Civil Veterinary Department. United Provinces 1923-31 - 1923-1931
Year: 1923
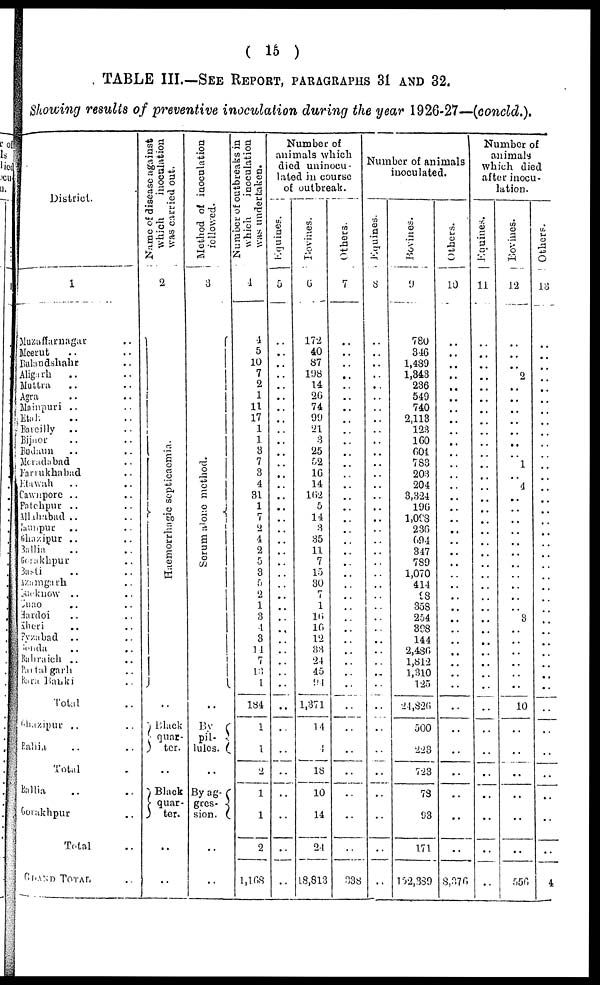
( 15 )
TABLE III.—SEE REPORT, PARAGRAPHS 31 AND 32.
Showing results of preventive inoculation during the year 1926-27—(concld.).
District.
1
Muzaffurnagar ..
Meerut .. ..
Bulandshahr ..
Alignrh .. ..
Muttra .. ..
Agra .. ..
Mainpuri .. ..
Etah .. ..
Bareilly .. ..
Bijnor .. ..
Budun .. ..
Moradabad ..
Farrukhabad ..
Etawah .. ..
Cawnpore .. ..
Fatehpur .. ..
Allahabad .. ..
Jaunpur .. ..
Ghazipur .. ..
Ballia .. ..
Gorakhpur ..
Basti .. ..
Azamgarh ..
Lucknow .. ..
Unao
.. ..
Hardoi .. ..
Kheri .. ..
Fyzabad .. ..
Gonda .. ..
Bahraich .. ..
Pantalgarh ..
Bara Banki ..
Total ..
Ghazipur .. ..
Ballia .. ..
Total ..
Ballia .. ..
Gorakhpur ..
Total ..
GRAND TOTAL ..
Name of disease against
which
inoculation
was carried out.
2
Haemorrhogic septicaemia.
..
Black
quar-
ter.
..
Black
quar-
ter.
..
..
Method of inoculation
followed.
3
Ser um al one met hod.
..
By
pil-
lules.
..
By ag-
gres-
sion.
..
..
Number
of outbreaks in
which
inoculation
was undertaken.
1
1
5
10
7
2
1
11
17
1
1
3
7
3
4
31
1
7
2
4
2
5
3
5
2
1
8
4
3
14
7
13
1
184
1
1
2
1
1
2
1,168
Number of
animals which
died uninocu-
lated in course
of outbreak.
Equines.
5
..
..
..
..
..
..
..
..
..
..
..
..
..
..
..
..
..
..
..
..
..
..
..
..
..
..
..
..
..
..
..
..
..
..
..
..
..
..
..
..
Bovines.
6
172
40
87
198
14
26
74
99
21
3
25
.52
16
14
162
5
14
3
35
11
7
15
30
7
1
16
16
12
33
24
45
..
1,371
14
4
18
10
14
24
18,813
Others.
7
..
..
..
..
..
..
..
..
..
..
..
..
..
..
..
..
..
..
..
..
..
..
..
..
..
..
..
..
..
..
..
..
..
..
..
..
..
..
..
338
Number of animals
inoculated.
Equines.
8
..
..
..
..
..
..
..
..
..
..
..
..
..
..
..
..
..
..
..
..
..
..
..
..
..
..
..
..
..
..
...
..
..
..
..
..
..
..
..
..
Bovines.
9
780
346
1,489
1,343
236
549
740
2,113
123
160
604
783
203
204
3,324
196
1,098
236
694
347
789
1,070
414
98
358
254
398
144
2,486
1,812
1,310
125
24,826
500
223
723
73
93
171
152,389
Others.
10
..
..
..
..
..
..
..
..
..
..
..
..
..
..
..
..
..
..
..
..
..
..
..
..
..
..
..
..
..
..
..
..
..
..
..
..
..
..
..
8,376
Number of
animals
which died
after inocu-
lation.
Equines.
11
..
..
..
..
..
..
..
..
..
..
..
..
..
..
..
..
..
..
..
..
..
..
..
..
..
..
..
..
..
..
..
..
..
..
..
..
..
..
..
..
Bovines.
12
..
..
..
2
..
..
..
..
..
..
..
1
..
4
..
..
..
..
..
..
..
..
..
..
..
3
..
..
..
..
..
..
10
..
..
..
..
..
..
550
Others.
13
..
..
..
..
..
..
..
..
..
..
..
..
..
..
..
..
..
..
..
..
..
..
..
..
..
..
..
..
..
..
..
..
..
..
..
..
..
..
4